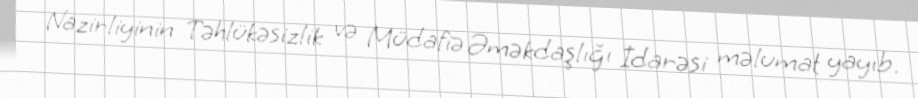
Nazirliyinin Təhlükəsizlik və Müdafiə Əməkdaşlığı İdarəsi məlumat yayıb.